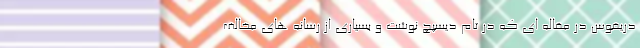
دریفوس در مقاله ای که در تام دیسپچ نوشت و بسیاری از رسانه های مخالف